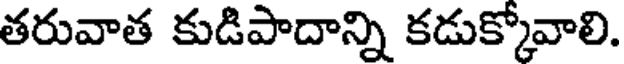
తరువాత కుడిపాదాన్ని కడుక్కోవాలి.